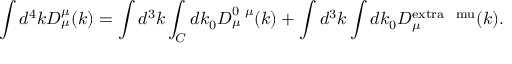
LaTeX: \int d ^ { 4 } k D _ { \mu } ^ { \mu } ( k ) = \int d ^ { 3 } k \int _ { C } d k _ { 0 } D _ { \mu } ^ { 0 \ \mu } ( k ) + \int d ^ { 3 } k \int d k _ { 0 } D _ { \mu } ^ { \mathrm { e x t r a \ \ m u } } ( k ) .